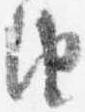
由